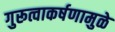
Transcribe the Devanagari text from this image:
गुरूत्वाकर्षणामुळे